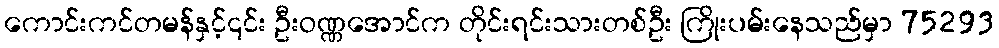
ကောင်းကင်တမန်နှင့်၎င်း ဦးဝဏ္ဏအောင်က တိုင်းရင်းသားတစ်ဦး ကြိုးပမ်းနေသည်မှာ 75293